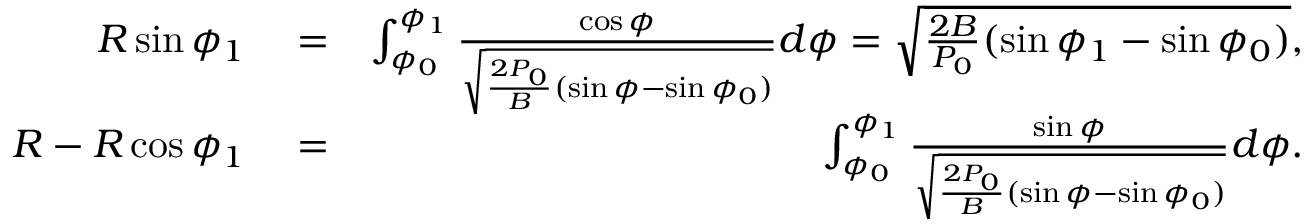
\begin{array} { r l r } { R \sin \phi _ { 1 } } & { { } = } & { \int _ { \phi _ { 0 } } ^ { \phi _ { 1 } } \frac { \cos \phi } { \sqrt { \frac { 2 P _ { 0 } } { B } ( \sin \phi - \sin \phi _ { 0 } ) } } d \phi = \sqrt { \frac { 2 B } { P _ { 0 } } ( \sin \phi _ { 1 } - \sin \phi _ { 0 } ) } , } \\ { R - R \cos \phi _ { 1 } } & { { } = } & { \int _ { \phi _ { 0 } } ^ { \phi _ { 1 } } \frac { \sin \phi } { \sqrt { \frac { 2 P _ { 0 } } { B } ( \sin \phi - \sin \phi _ { 0 } ) } } d \phi . } \end{array}